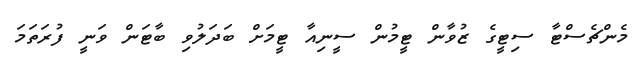
މެންޗެސްޓާ ސިޓީގެ ޒުވާން ޓީމުން ސީނިއާ ޓީމަށް ބަދަލުވި ބާޓަން ވަނީ ފުރަތަމަ